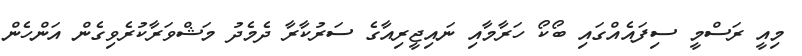
މިއީ ރަސްމީ ސިފައެއްގައި ބޯކޯ ހަރާމާއި ނައިޖީރިއާގެ ސަރުކާރާ ދެމެދު މަޝްވަރާކުރެވިގެން އަންހެން